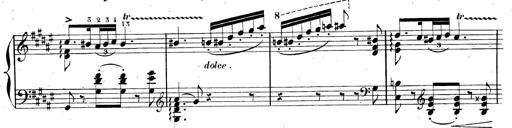
Title: AnnÃ©es de pÃ¨lerinage II, SupplÃ©ment
Composer: Franz Liszt